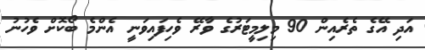
އަދި އޭގެ ތެރެއިން 90 މިލިމީޓަރުގެ ވާރޭ ވެހިފައިވަނީ އެންމެ ބޯކޮށް ވެހުނު